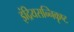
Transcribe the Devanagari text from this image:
इंद्रियसन्निकृष्ट